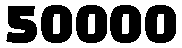
50000